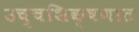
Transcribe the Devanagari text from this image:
उच्चशिक्षणात